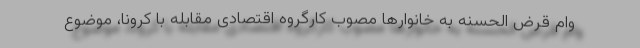
وام قرض الحسنه به خانوارها مصوب کارگروه اقتصادی مقابله با کرونا، موضوع